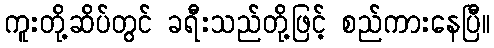
ကူးတို့ဆိပ်တွင် ခရီးသည်တို့ဖြင့် စည်ကားနေပြီ။